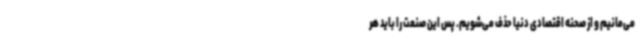
می‌مانیم و از صحنه اقتصادی دنیا حذف می‌شویم. پس این صنعت را باید هر